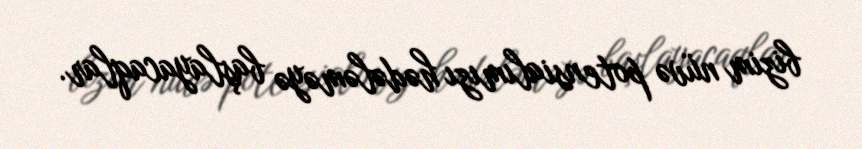
bizim nüvə potensialımızı hədələməyə başlayacaqlar.